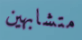
متشابهين